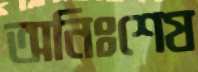
অনিঃশেষ